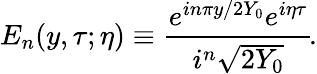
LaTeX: E_{n}(y,\tau;\eta)\equiv{\frac{e^{in\pi y/2Y_{0}}e^{i\eta\tau}}{i^{n}\sqrt{2Y_{0}}}}\! .